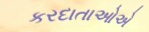
કરદાતાઓએ